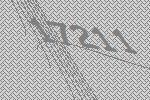
17211